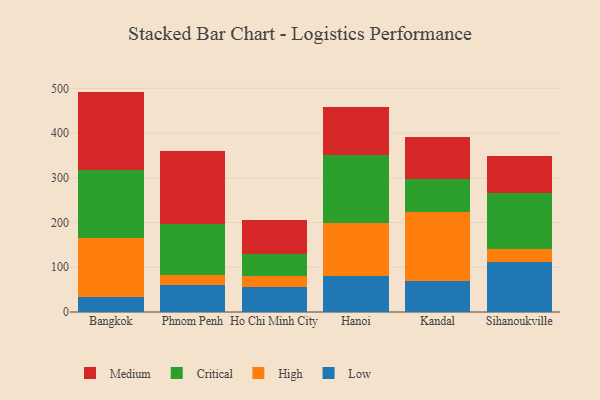
{"axis": {"x": "City", "y": "Tickets Resolved"}, "legend": ["Critical", "High", "Low", "Medium"], "data": [{"x": "Bangkok", "y": 33.2, "type": "Low"}, {"x": "Bangkok", "y": 132.4, "type": "High"}, {"x": "Bangkok", "y": 152.2, "type": "Critical"}, {"x": "Bangkok", "y": 175.1, "type": "Medium"}, {"x": "Phnom Penh", "y": 60.6, "type": "Low"}, {"x": "Phnom Penh", "y": 22.7, "type": "High"}, {"x": "Phnom Penh", "y": 113.8, "type": "Critical"}, {"x": "Phnom Penh", "y": 162.4, "type": "Medium"}, {"x": "Ho Chi Minh City", "y": 56.8, "type": "Low"}, {"x": "Ho Chi Minh City", "y": 23.9, "type": "High"}, {"x": "Ho Chi Minh City", "y": 48.7, "type": "Critical"}, {"x": "Ho Chi Minh City", "y": 77.0, "type": "Medium"}, {"x": "Hanoi", "y": 79.8, "type": "Low"}, {"x": "Hanoi", "y": 119.6, "type": "High"}, {"x": "Hanoi", "y": 151.7, "type": "Critical"}, {"x": "Hanoi", "y": 106.7, "type": "Medium"}, {"x": "Kandal", "y": 69.5, "type": "Low"}, {"x": "Kandal", "y": 153.6, "type": "High"}, {"x": "Kandal", "y": 74.3, "type": "Critical"}, {"x": "Kandal", "y": 93.6, "type": "Medium"}, {"x": "Sihanoukville", "y": 112.5, "type": "Low"}, {"x": "Sihanoukville", "y": 28.1, "type": "High"}, {"x": "Sihanoukville", "y": 125.5, "type": "Critical"}, {"x": "Sihanoukville", "y": 83.4, "type": "Medium"}]}